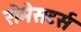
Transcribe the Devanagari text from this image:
सेमेसटर्स